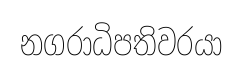
නගරාධිපතිවරයා